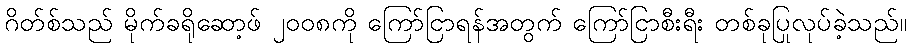
ဂိတ်စ်သည် မိုက်ခရိုဆော့ဖ် ၂၀၀၈ကို ကြော်ငြာရန်အတွက် ကြော်ငြာစီးရီး တစ်ခုပြုလုပ်ခဲ့သည်။